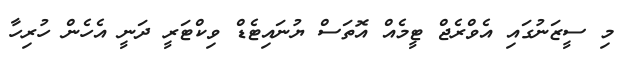
މި ސީޒަނުގައި އެވްރެޖް ޓީމެއް އޮތަސް ޔުނައިޓެޑް ވިކްޓަރީ ދަނީ އެހެން ހުރިހާ